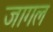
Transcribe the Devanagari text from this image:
जागल